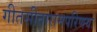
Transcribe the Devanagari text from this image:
गीतसीतारामपरिणयः